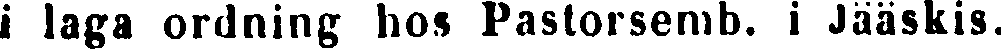
i laga ordning hos Pastorsemb. i Jääskis.